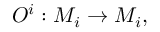
{ \cal O } ^ { i } : M _ { i } \rightarrow M _ { i } ,